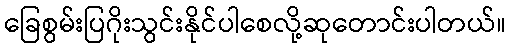
ခြေစွမ်းပြဂိုးသွင်းနိုင်ပါစေလို့ဆုတောင်းပါတယ်။